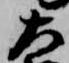
左